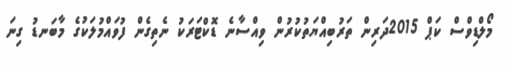
މޯލްޑިވްސް ކަޕް 2015ދަރިން ތަރުބިއްޔަތުކުރުން ވިއްސާނެ ޑޮކްޓަރަކު ނެތިގެން ފުވައްމުލަކުގެ މާބަނޑު ގިނަ